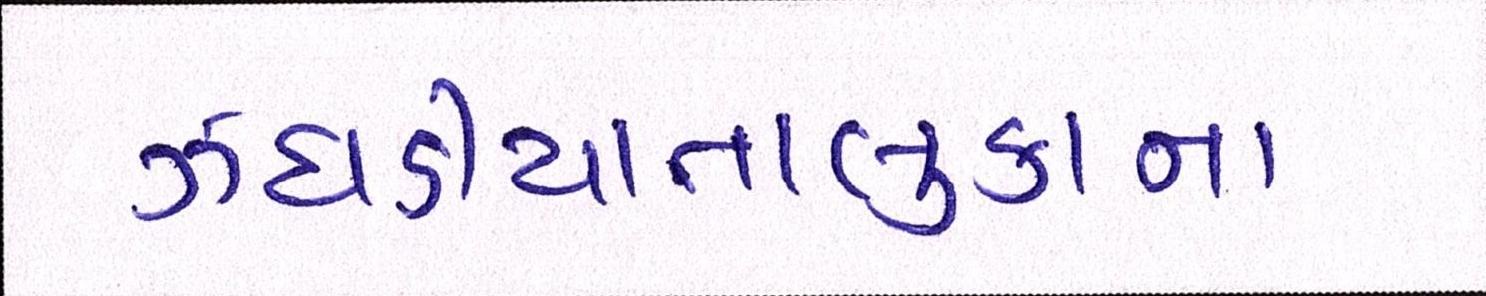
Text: ઝઘડીયાતાલુકાના